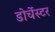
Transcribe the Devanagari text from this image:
डोर्चेस्टर